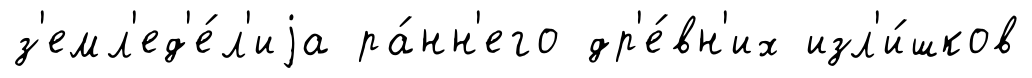
з'емл'ед'е́л'иjа ра́нн'его др'е́вн'их изл'и́шков